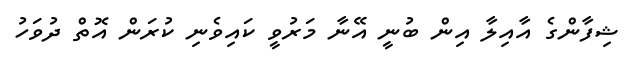
ޝިފާންގެ އާއިލާ އިން ބުނީ އޭނާ މަރުވީ ކައިވެނި ކުރަން އޮތް ދުވަހު